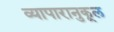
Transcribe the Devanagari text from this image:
व्यापारानुकूल